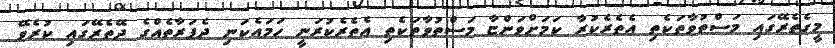
މީގެތެރޭގައި މަސްތުވާތަކެތި އެތެރެކުރާ ކަމަށްވަންޏާ މަސްތުވާތަކެތި އެތެރެކުރަނީ ހަމައެކަނި ދެފަރާތެއްގެ ދޭތެރޭގައި ކުރެވޭ